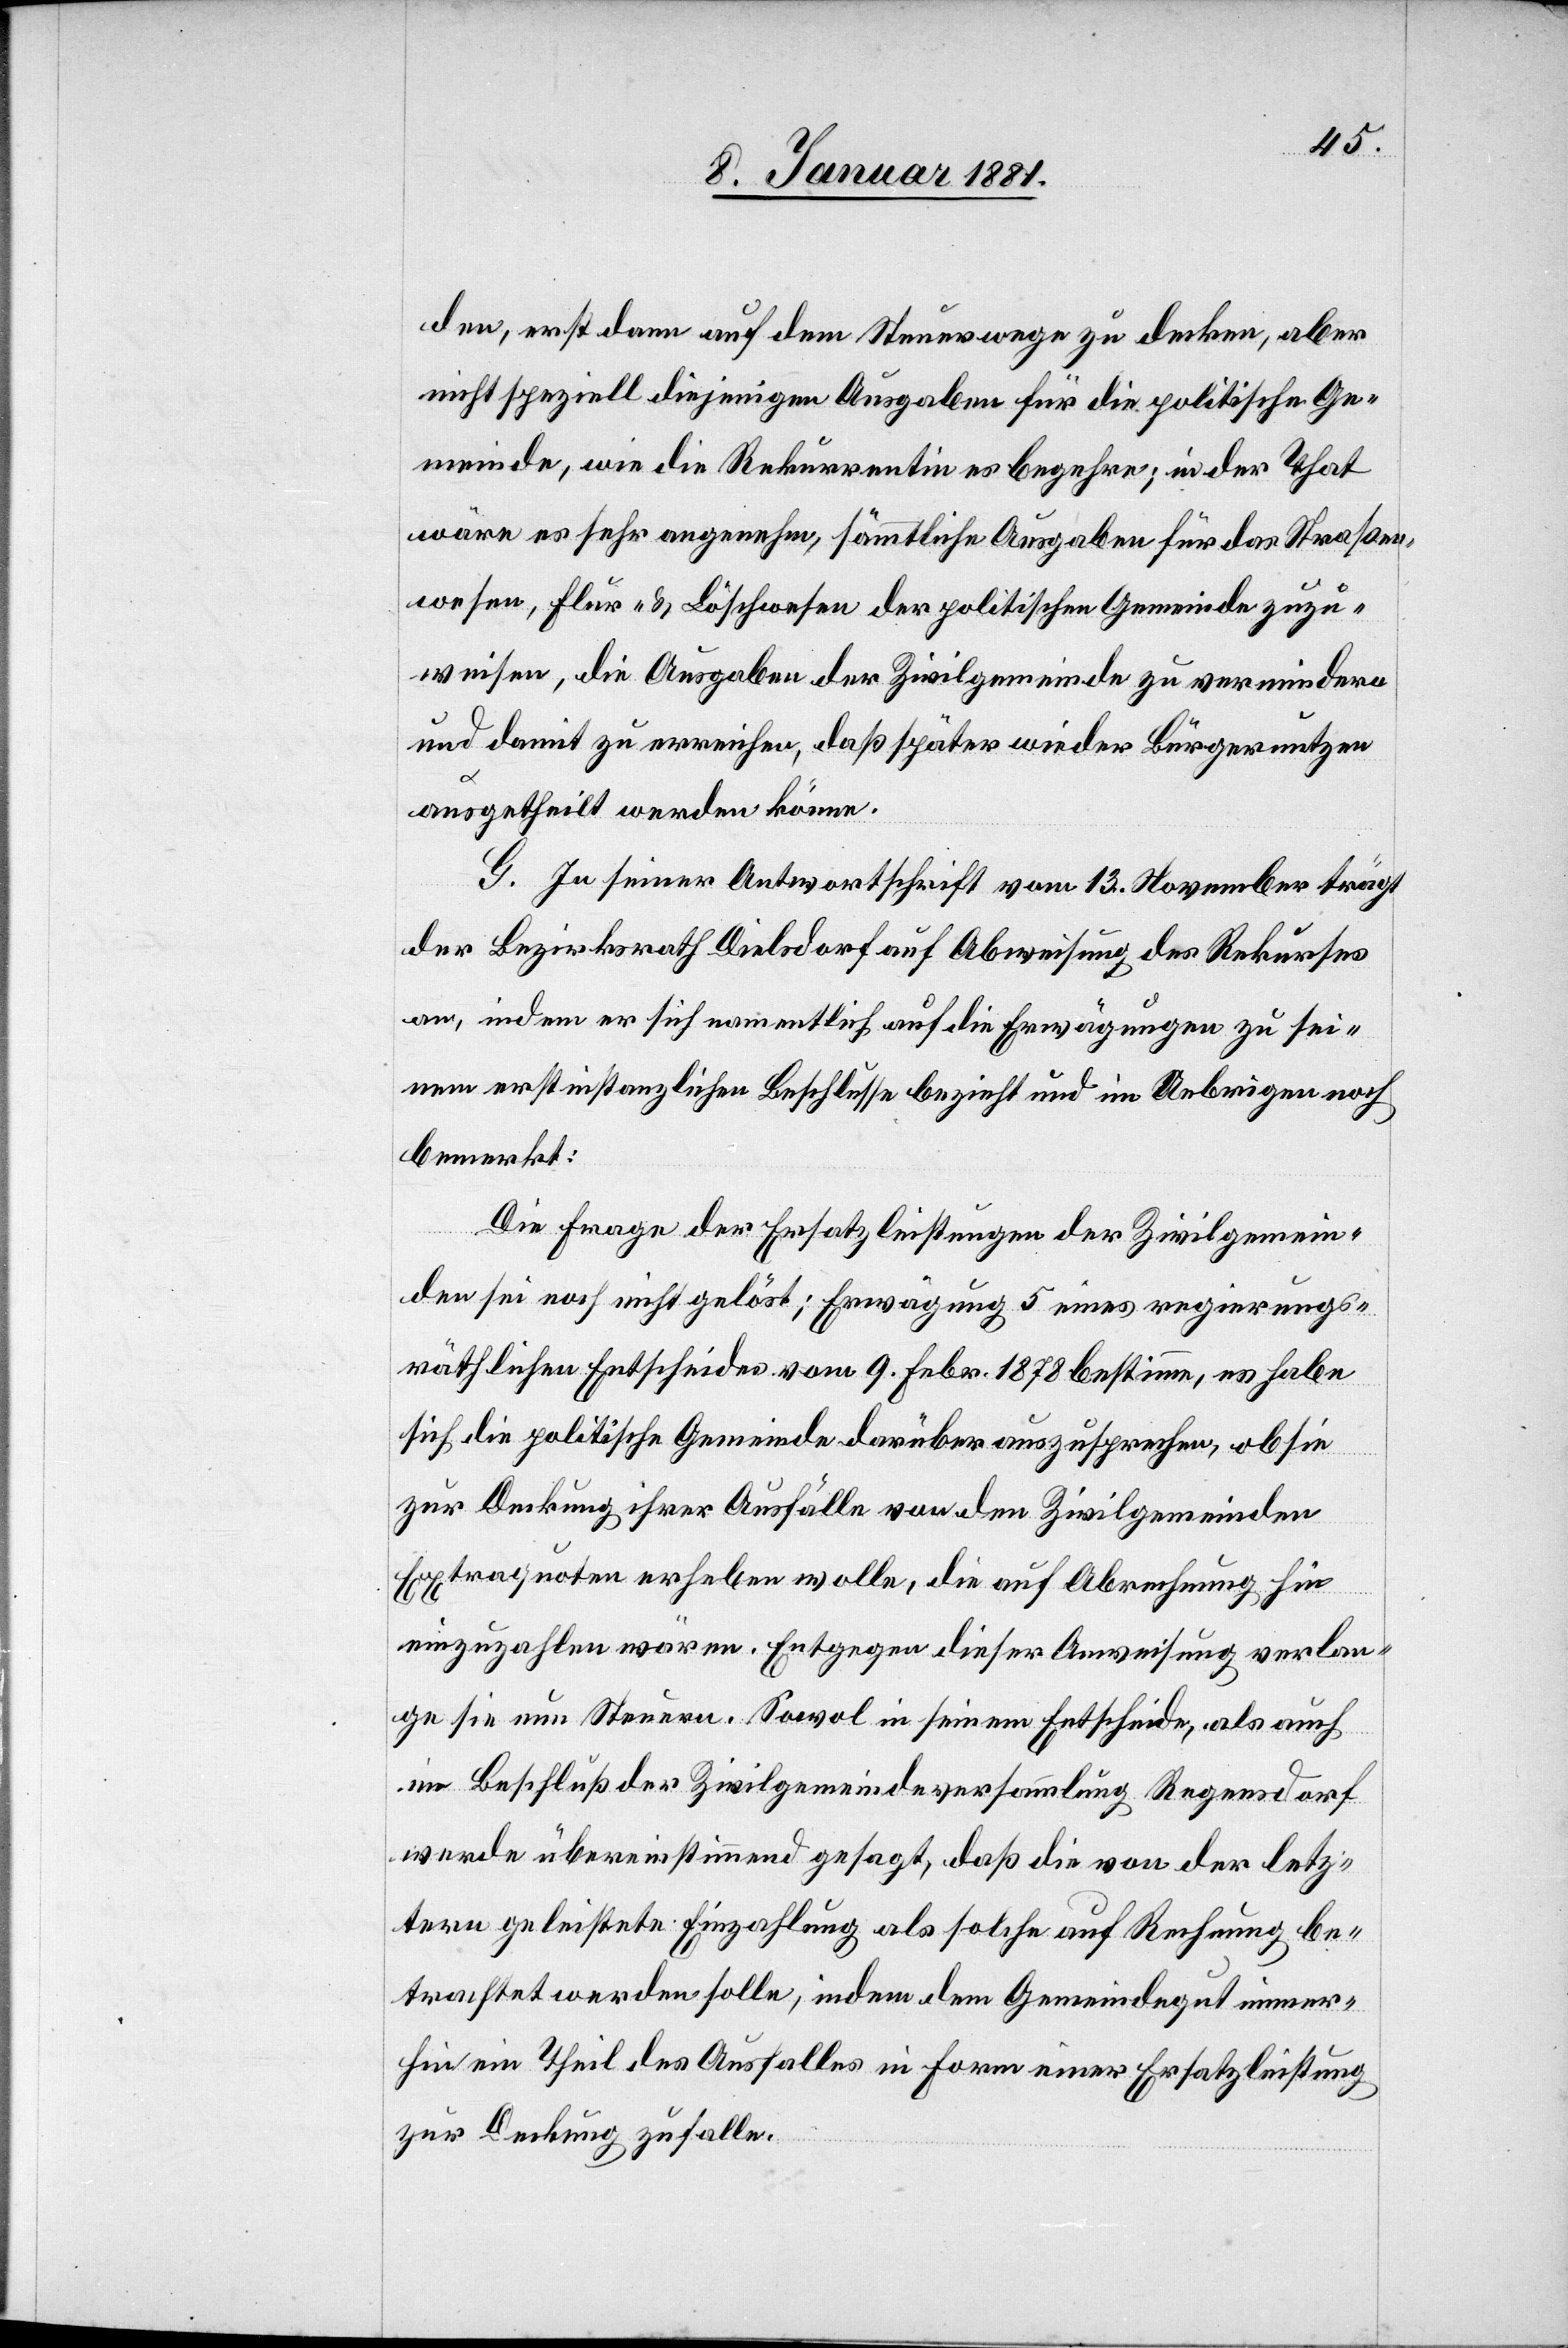
den, erst dann auf dem Steuerwege zu decken, aber
nicht speziell diejenigen Ausgaben für die politische Ge¬
meinde, wie die Rekurrentin es begehre; in der That
wäre es sehr angenehm, sämmtliche Ausgaben für das Straßen¬
wesen, Flur- & Löschwesen der politischen Gemeinde zuzu¬
weisen, die Ausgaben der Zivilgemeinde zu vermindern
und damit zu erreichen, daß später wieder Bürgernutzen
ausgetheilt werden könne.
G. In seiner Antwortschrift vom 13. November trägt
der Bezirksrath Dielsdorf auf Abweisung des Rekurses
an, indem er sich namentlich auf die Erwägungen zu sei¬
nem erstinstanzlichen Beschlusse bezieht und im Uebrigen noch
bemerkt:
Die Frage der Ersatzleistungen der Zivilgemein¬
den sei noch nicht gelöst; Erwägung 5 eines regierungs¬
räthlichen Entscheides vom 9. Febr. 1878 bestimme, es habe
sich die politische Gemeinde darüber auszusprechen, ob sie
zur Deckung ihrer Ausfälle von den Zivilgemeinden
Ertragsquoten erheben wolle, die auf Abrechnung hin
einzuzahlen wären. Entgegen dieser Anweisung verlan¬
ge sie nun Steuern. Sowol in seinem Entscheide, als auch
im Beschluß der Zivilgemeindeversammlung Regensdorf
werde übereinstimmend gesagt, daß die von der letz¬
tern geleistete Einzahlung als solche auf Rechnung be¬
trachtet werden solle, indem dem Gemeindegut immer¬
hin ein Theil des Ausfalles in Form einer Ersatzleistung
zur Deckung zufalle.